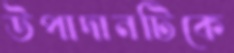
উপাদানটিকে